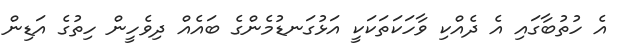
އެ ހުތުބާގައި އެ ދެއްކި ވާހަކަތަކަކީ އަޅުގަނޑުމެންގެ ބައެއް ދިވެހީން ހިތުގެ އަޑިން